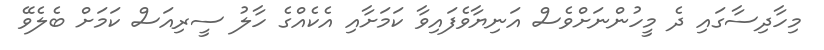
މިހާދިސާގައި ދެ މީހުންނަށްވެސް އަނިޔާވެފައިވާ ކަމަށާއި އެކެއްގެ ހާލު ސީރިއަސް ކަމަށް ބެލެވޭ